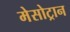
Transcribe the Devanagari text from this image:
मेसोट्रान